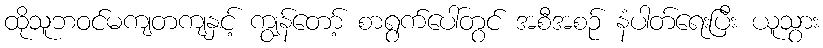
ထိုသူဘဝင်မကျတကျနှင့် ကျွန်တော့် စာရွက်ပေါ်တွင် အစီအစဉ် နံပါတ်ရေးပြီး ယူသွား